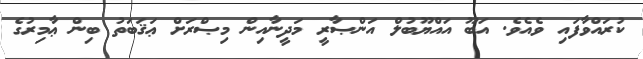
ކުރައްވާފައި ވެއެވެ. އަބޫ އައްޔޫބުލް އަންޞާރީ މަދީނާއިން މިޞްރަށް ޢަޤަބަތު ބިން ޢާމިރުގެ